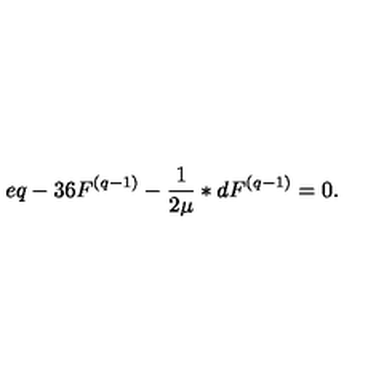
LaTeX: e q - 3 6 F ^ { ( q - 1 ) } - \frac { 1 } { 2 \mu } \ast d F ^ { ( q - 1 ) } = 0 .